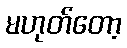
မဟုတ်တော့